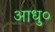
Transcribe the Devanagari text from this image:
आधु०